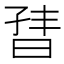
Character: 𬁣